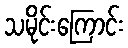
သမိုင်းကြောင်း